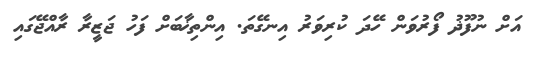
އަށް ނުފޫޛު ފޯރުވަން ހޭދަ ކުރިވަރު އިނގޭތަ. އިންތިޚާބަށް ފަހު ޖަޒީރާ ރާއްޖޭގައިި